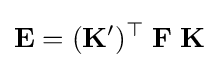
\mathbf {E} =({\mathbf {K} '})^{\top }\;\mathbf {F} \;\mathbf {K}